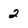
Character: 2